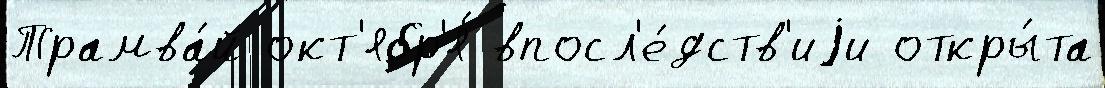
Трамва́й окт'ябр'я́ впосл'е́дств'иjи откры́та